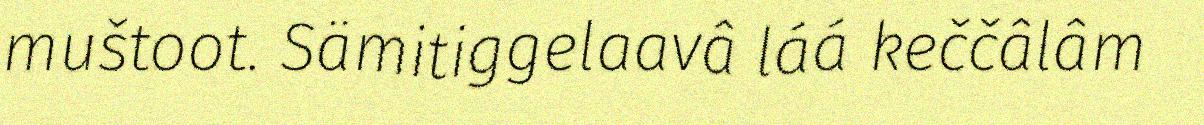
muštoot. Sämitiggelaavâ láá keččâlâm